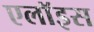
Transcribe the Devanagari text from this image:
एलॉइस